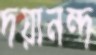
দয়ানন্দ